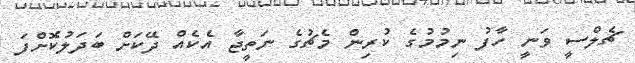
ޗެލްސީ ވަނީ ހާފު ނިމުމުގެ ކުރިން މެޗުގެ ނަތީޖާ އެކެއް ދޭކަށް ބަދަލުކޮށްފަ